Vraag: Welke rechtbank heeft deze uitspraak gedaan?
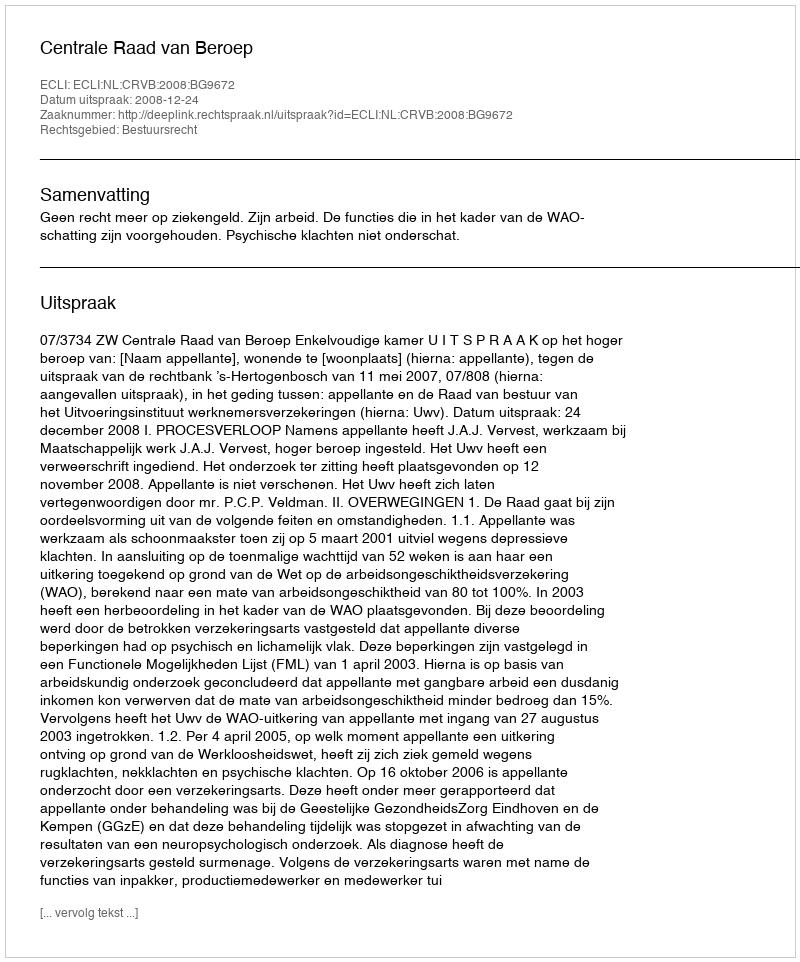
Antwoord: Centrale Raad van Beroep